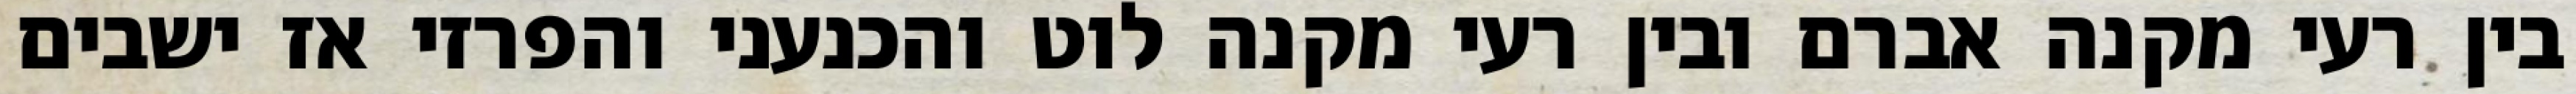
בין רעי מקנה אברם ובין רעי מקנה לוט והכנעני והפרזי אז ישבים